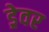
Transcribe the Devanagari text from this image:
ड्रेवर